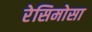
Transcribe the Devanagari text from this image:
रेसिमोसा